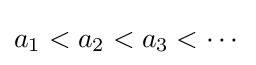
a_{1}<a_{2}<a_{3}<\cdots